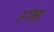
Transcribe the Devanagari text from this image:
हगेन्स